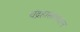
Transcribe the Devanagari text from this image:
चंद्रहासाख्यान